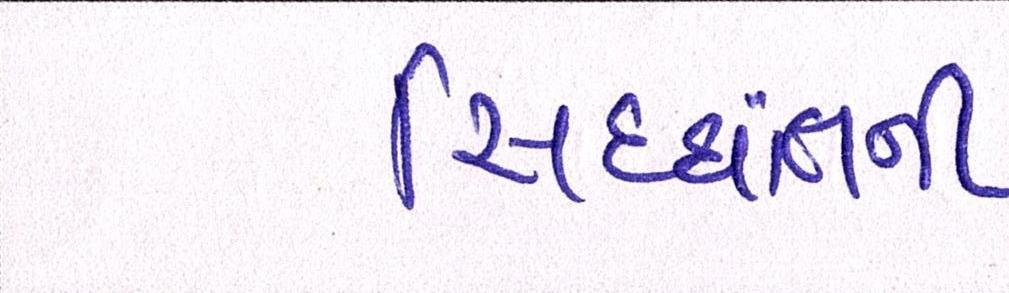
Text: સિદ્ધાંતની